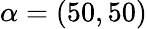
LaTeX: \alpha=(50,50)